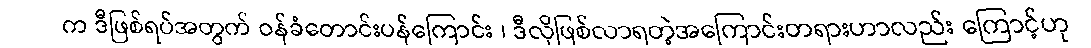
က ဒီဖြစ်ရပ်အတွက် ဝန်ခံတောင်းပန်ကြောင်း ၊ ဒီလိုဖြစ်လာရတဲ့အကြောင်းတရားဟာလည်း ကြောင့်ဟု